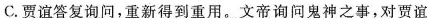
C.贾谊答复询问,重新得到重户。文帝询问鬼神之事，对贾谊